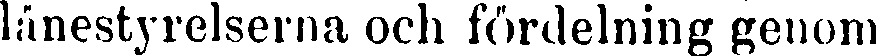
länestyrelserna och fördelning genom